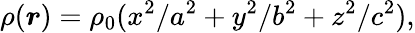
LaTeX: \rho(\boldsymbol{r})=\rho_{0}(x^{2}/a^{2}+y^{2}/b^{2}+z^{2}/c^{2}),